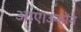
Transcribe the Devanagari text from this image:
आए।उन्होंने